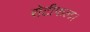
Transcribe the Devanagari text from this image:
रोटीफल।